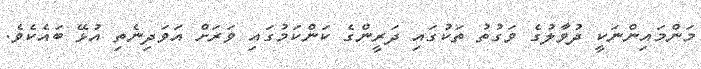
މަންމައިންނަކީ ދުވާލުގެ ވަގުތު ތަކުގައި ދަރީންގެ ކަންކަމުގައި ވަރަށް އަވަދިނެތި އުޅޭ ބައެކެވެ.